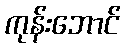
ကုန်းဘောင်